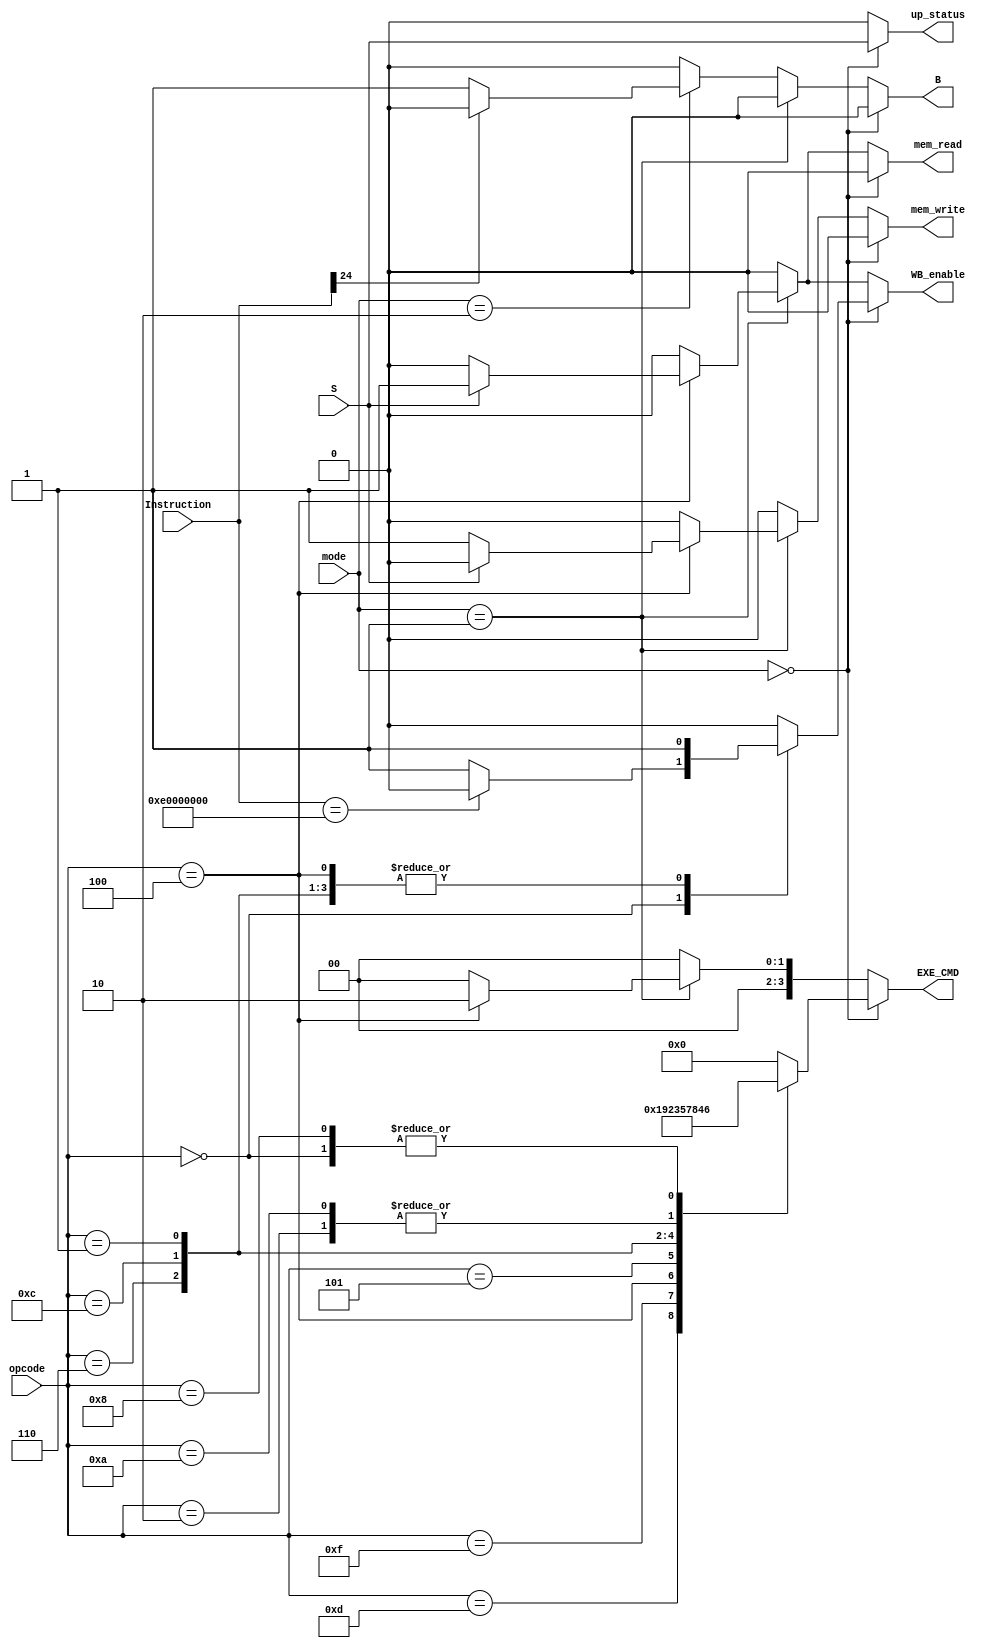
module ControlUnit(
    mode,
    opcode, 
    S,
	Instruction,
    mem_read,
    mem_write,
    B,
    EXE_CMD, 
	WB_enable, 
    up_status
);
    input [1:0] mode;
    input [3:0] opcode;
    input S;
	input [31:0] Instruction;

    output reg mem_write, mem_read;
    output reg WB_enable, B;
    output reg [3:0] EXE_CMD;
    output reg up_status;


    always @(opcode, S, mode) begin
        {up_status, B, EXE_CMD, mem_write, mem_read, WB_enable} = 0;
        if (mode == 2'b00) begin
            up_status = S;

            case (opcode)
                4'b1101: begin
                    //MOV
                    WB_enable = 1'b1;
                    EXE_CMD = 4'b0001;
                end
                4'b1111: begin
                    //MVN
                    WB_enable = 1'b1;
                    EXE_CMD = 4'b1001;
                end
                4'b0100: begin
                    //ADD
                    WB_enable = 1'b1;
                    EXE_CMD = 4'b0010;
                end
                4'b0101: begin
                    //ADC
                    WB_enable = 1'b1;
                    EXE_CMD = 4'b0011;
                end
                4'b0010: begin
                    //SUB
                    WB_enable = 1'b1;
                    EXE_CMD = 4'b0100;
                end
                4'b0110: begin
                    //SBC
                    WB_enable = 1'b1;
                    EXE_CMD = 4'b0101;
                end
                4'b0000: begin
                    //AND
                    WB_enable = (Instruction == {4'b1110, 28'b0}) ? 1'b0 : 1'b1;
                    // WB_enable = 1'b1;
                    EXE_CMD = 4'b0110;
                end
                4'b1100: begin
                    //ORR
                    WB_enable = 1'b1;
                    EXE_CMD = 4'b0111;
                end
                4'b0001: begin
                    //EOR
                    WB_enable = 1'b1;
                    EXE_CMD = 4'b1000;
                end
                4'b1010: begin //State S = 0 is ignored.
                    //CMP
                    WB_enable = 1'b0;
                    EXE_CMD = 4'b0100;
                end
                4'b1000: begin //State S = 0 is ignored.
                    //TST
                    WB_enable = 1'b0;
                    EXE_CMD = 4'b0110;
                end
            endcase
        end
        else if (mode == 2'b01) begin
            if (opcode == 4'b0100) begin
                if (S == 1'b1) begin
                    //LDR
                    mem_read = 1'b1;
                    EXE_CMD = 4'b0010;
                    WB_enable = 1'b1;
                end
                else begin
                    //STR
                    mem_write = 1'b1;
                    EXE_CMD = 4'b0010;
                end
            end
        end
        else if (mode == 2'b10) begin
            if(Instruction[24] == 0)begin
                B = 1'b1;
            end
        end
        else begin
            {B, EXE_CMD, mem_write, mem_read, WB_enable} = 0;
        end
    end
endmodule